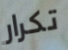
تكرار